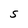
Character: S